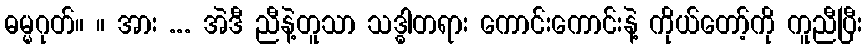
ဓမ္မဂုတ်။ ။ အား ... အဲဒီ ညီနဲ့တူသာ သဒ္ဓါတရား ကောင်းကောင်းနဲ့ ကိုယ်တော့်ကို ကူညီပြီး